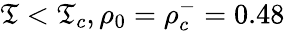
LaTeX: \mathfrak{T}<\mathfrak{T}_{c},\rho_{0}=\rho_{c}^{-}=0.48